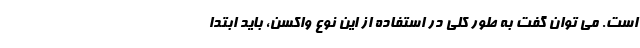
است. می توان گفت به طور کلی در استفاده از این نوع واکسن، باید ابتدا